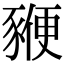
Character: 𧱩